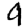
Digit: 9